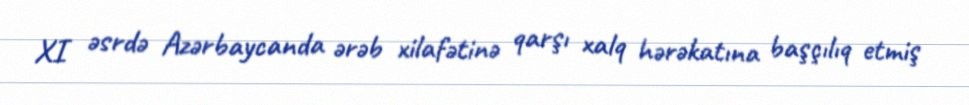
XI əsrdə Azərbaycanda ərəb xilafətinə qarşı xalq hərəkatına başçılıq etmiş